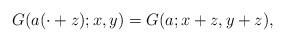
LaTeX: \begin{align*}G(a(\cdot+z);x,y)=G(a;x+z,y+z),\end{align*}